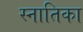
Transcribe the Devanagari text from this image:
स्नातिका